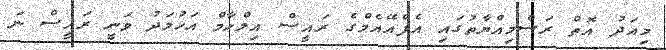
މިއަދު އޮތް ރަސްމިއްޔާތުގައި އެފްއޭއެމްގެ ރައީސް އިލްހާމް އަހުމަދު ވަނީ ރައީސް ނަ